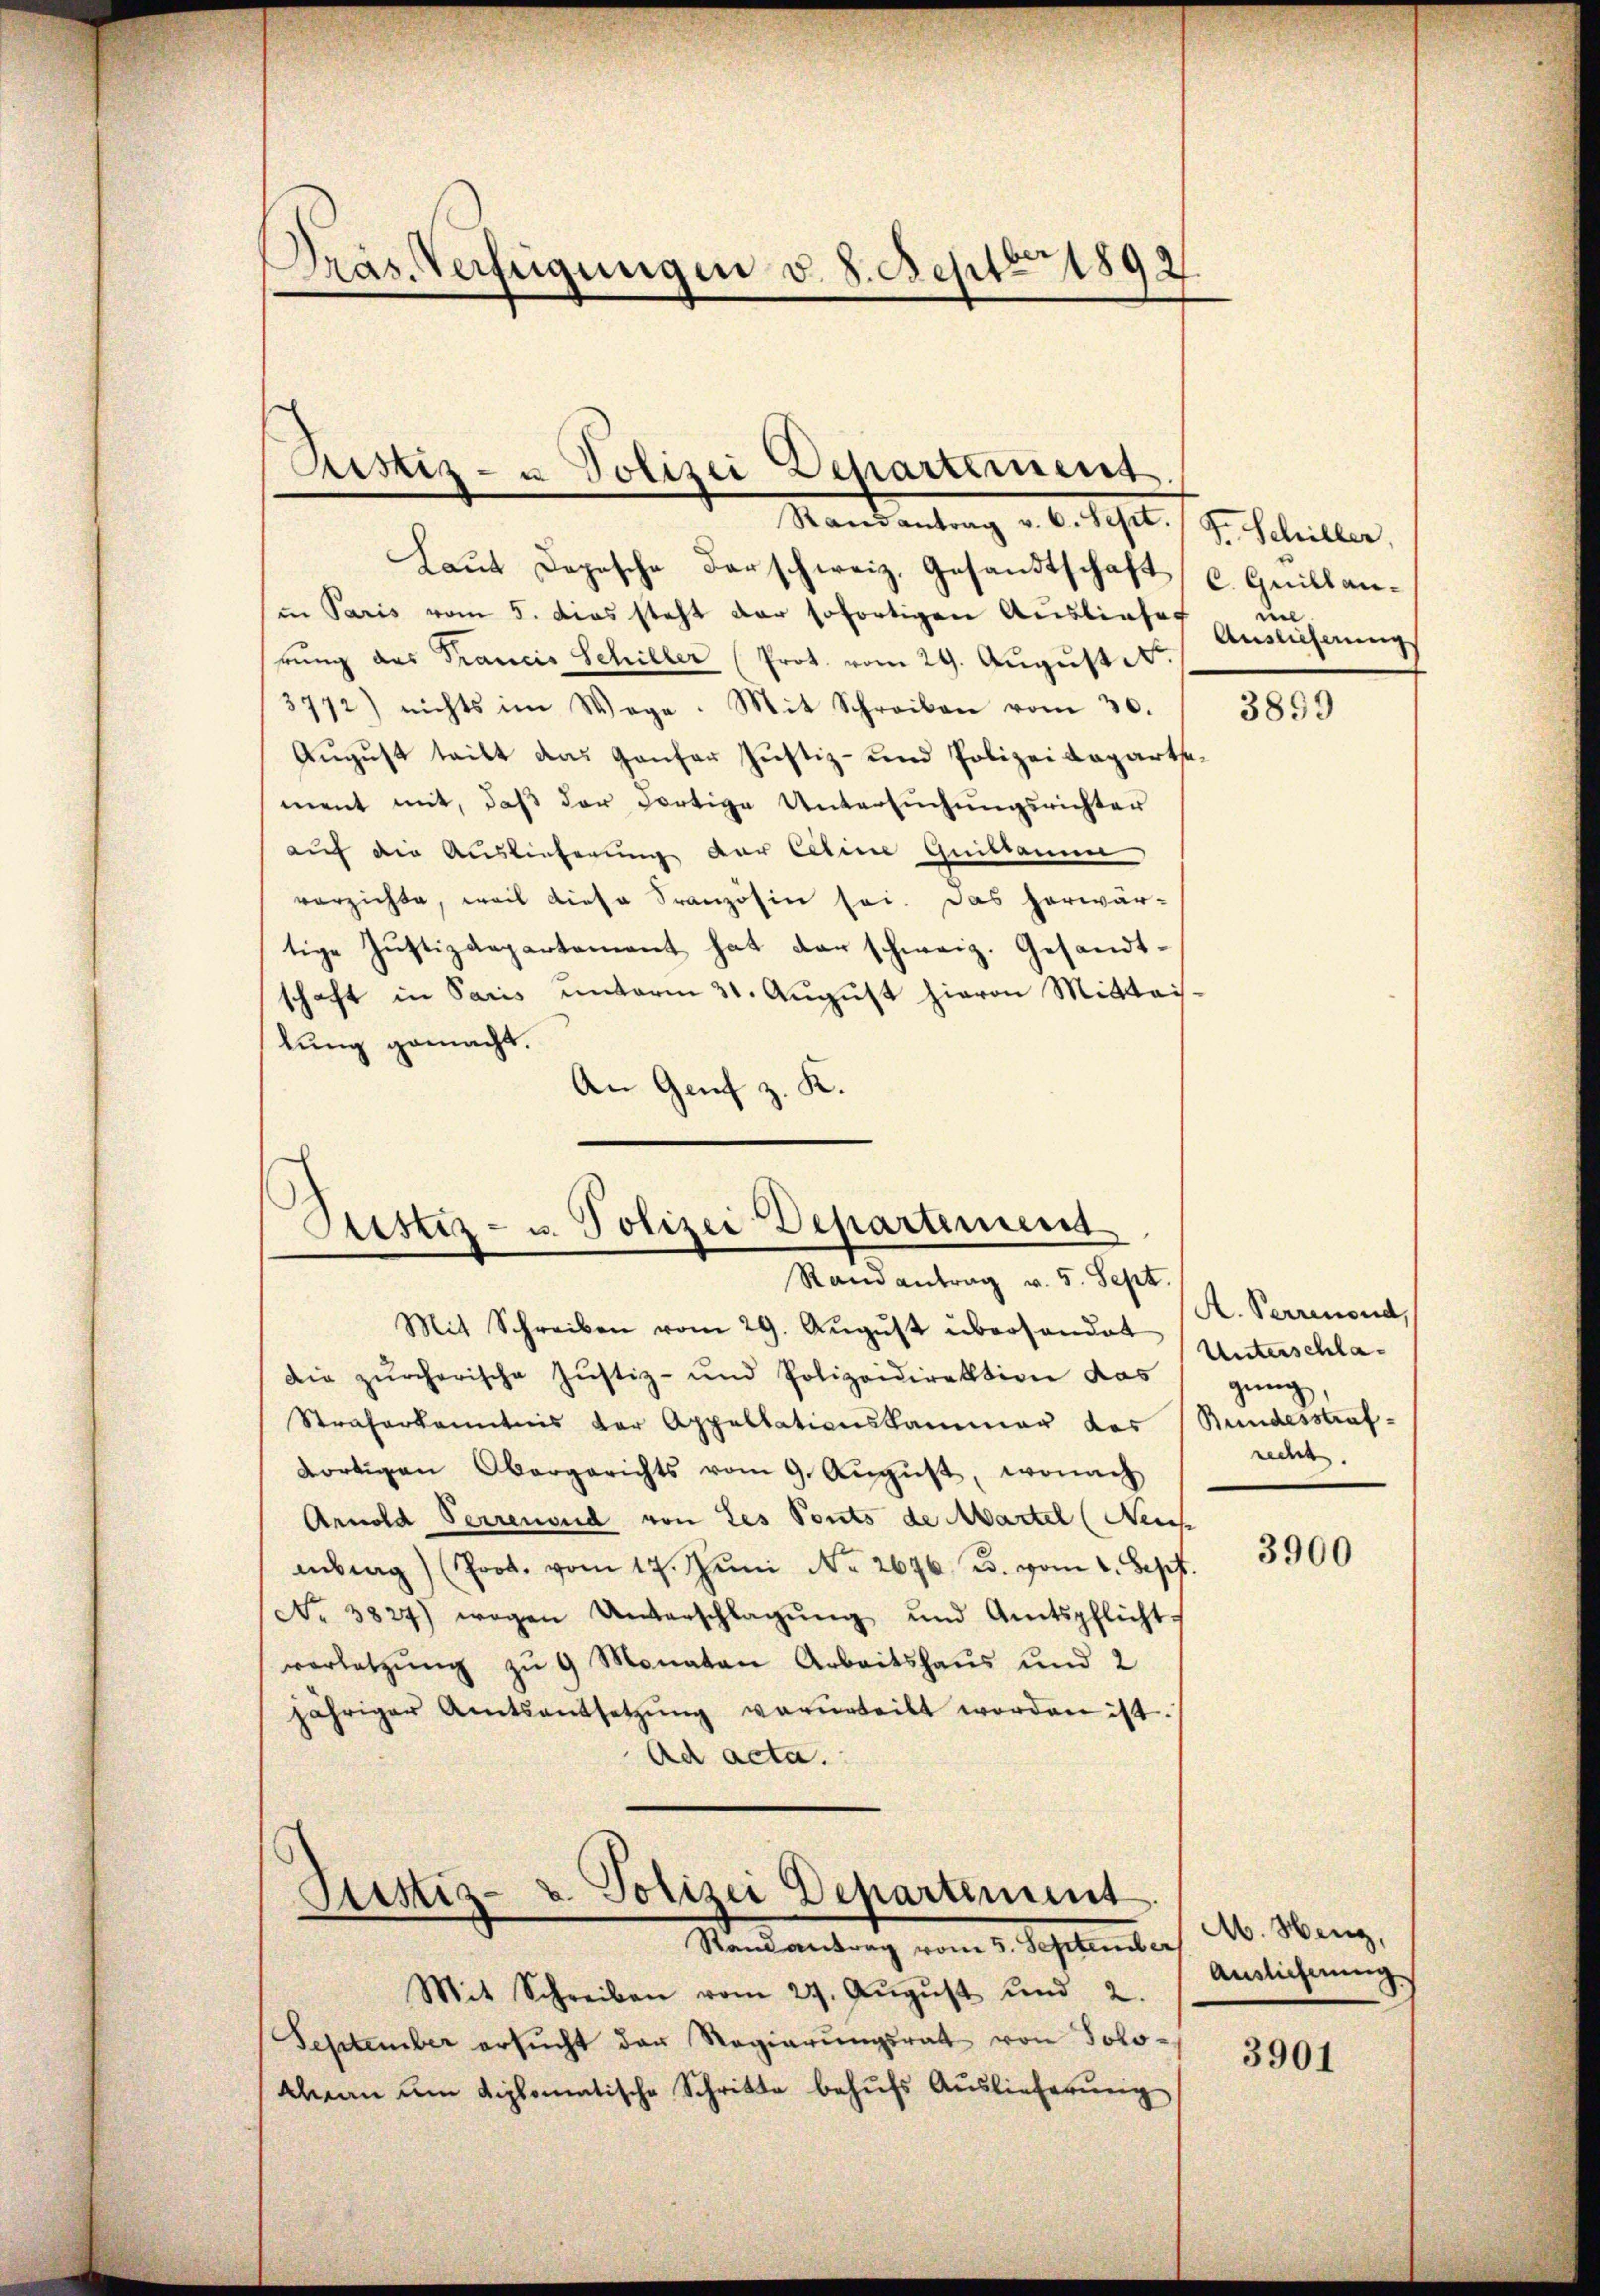
Dräs. Verfügungen v. 8. Septbr 1892

Justiz- u Polizei Departement

Randantrag v. 6. Sept. 19. Schiller.
Laut Depesche darschweiz. Gesandtschaft
in Paris vom 5. dies steht der sofortigen Ausliefer
rung das Trancis Schiller (Prot. vom 29. August
3772) nichts im Wege. Mit Schreiben vom 30.
August teilt das Ganter Justiz- und Polizeidepartsement mit, daß der dortige Untersuchungsrichter
auf die Auslieferung der Cetine Guillauen
verzichte, weil diese Französin sei. Das herwär-
tige Justizdepartement hat der schweiz. Gesandtschaft in Paris unterm 31. August hieron Mittais.
lung gemacht.
K.
An Genf z.
Randantrag v. 5. Sept.
Mit Schreiben vom 29. Aŭgŭst überhandet
die zürcherische Justiz- und Polizeidirektion das gŭng
Straferkanntnis der Appellationskammer des Bundesstraf-
dortigen Obergerichts vom 9. Aŭgŭst, wonach
Arnold Verrenoud von Les Ponts de Martel (Neich
brag) (Prot. vom 17. Jŭni Nr. 2676 u. vom 1. Sept.
No 3827) wegen Unterschlagŭng und Amtspflicht-
verletzŭng zŭ 9 Monaten Arbeitshaus und 2
jähriger Amtsantsetzŭng verurteilt worden ist.
Ad acta.
Ptistiz- & Polizei Departement
Stand antrag vom 5. September
Mit Schreiben vom 29. Aŭgŭst und 2.
September ersŭcht der Regierungsrat von Solo¬
Alman um diplomatische Schritte behŭfs Auslieferung

Sistiz- u. Polizei Departement

C. Guillau-
nel
Auslieferung

3899

A. Perrenond,
Unterschlarecht.

3900

M. Heng,
Auslicherung.

3901